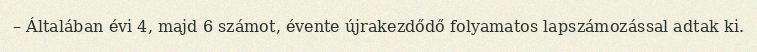
– Általában évi 4, majd 6 számot, évente újrakezdődő folyamatos lapszámozással adtak ki.